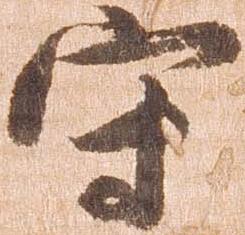
守